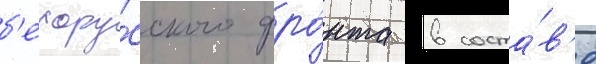
б'елору́сского фро́нта в соста́в'е